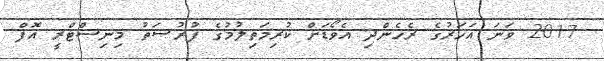
2017 ވަނަ އަހަރުގެ ރެހެންދި އެވޯޑަށް ކުރިމަތިލުމުގެ ފުރުޞަތު މިނިސްޓްރީ އޮފް